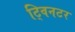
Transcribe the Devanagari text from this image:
ट्विनटर